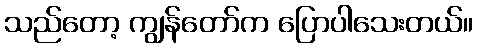
သည်တော့ ကျွန်တော်က ပြောပါသေးတယ်။